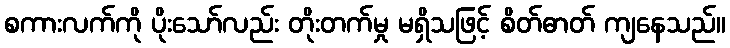
စကားလက်ကို ပိုးသော်လည်း တိုးတက်မှု မရှိသဖြင့် စိတ်ဓာတ် ကျနေသည်။